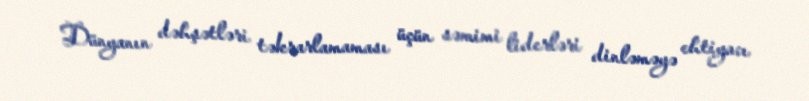
Dünyanın dəhşətləri təkrarlamaması üçün səmimi liderləri dinləməyə ehtiyacı